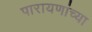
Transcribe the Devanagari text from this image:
पारायणांच्या